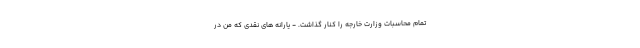
تمام محاسبات وزارت خارجه را کنار گذاشت. - یارانه های نقدی که من در